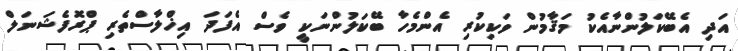
އަދި އެބޭކަލުންނާއެކު މަޤާމުން ވަކިކުރި އެންމެހާ ބޭކަލުންނަކީ ވެސް އެފަދަ އިޚްލާސްތެރި ޕްރޮފެޝަނަލް